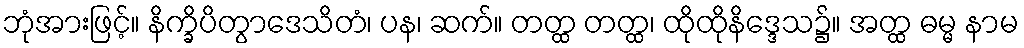
ဘုံအားဖြင့်။ နိက္ခိပိတွာဒေသိတံ၊ ပန၊ ဆက်။ တတ္ထ တတ္ထ၊ ထိုထိုနိဒ္ဒေသ၌။ အတ္ထ ဓမ္မ နာမ